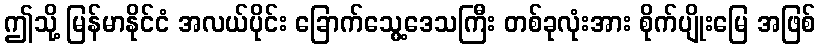
ဤသို့ မြန်မာနိုင်ငံ အလယ်ပိုင်း ခြောက်သွေ့ဒေသကြီး တစ်ခုလုံးအား စိုက်ပျိုးမြေ အဖြစ်